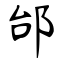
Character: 邰